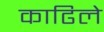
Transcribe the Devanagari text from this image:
काढिले